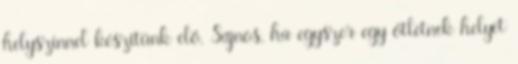
helyszínnel készítünk elő. Sajnos, ha egyszer egy ötletnek helyet